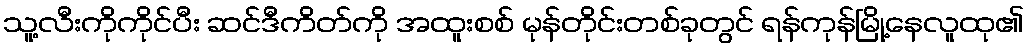
သူ့လီးကိုကိုင်ပီး ဆင်ဒီကိတ်ကို အထူးစစ် မုန်တိုင်းတစ်ခုတွင် ရန်ကုန်မြို့နေလူထု၏